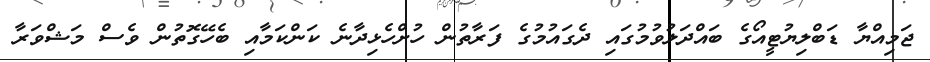
ޖަމިއްޔާ ޑަބްލިޔުޓީއޯގެ ބައްދަލުވުމުގައި ދެގައުމުގެ ފަރާތުން ހުށްހެޅިދާނެ ކަންކަމާއި ބެހޭގޮތުން ވެސް މަޝްވަރާ